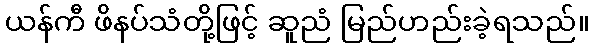
ယန်ကီ ဖိနပ်သံတို့ဖြင့် ဆူညံ မြည်ဟည်းခဲ့ရသည်။